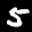
Label: 5